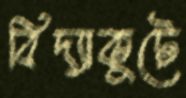
বিদ্যাকুটে